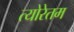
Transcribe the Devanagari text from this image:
त्योरेतम